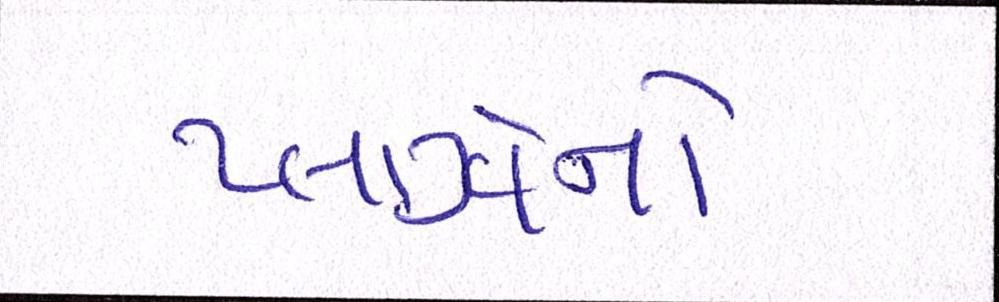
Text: પ્લાઝાનો